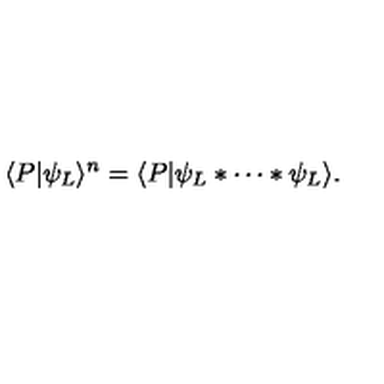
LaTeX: \langle P | \psi _ { L } \rangle ^ { n } = \langle P | \psi _ { L } * \cdots * \psi _ { L } \rangle .